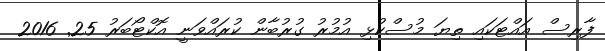
ފާރިސް އައްޓަކައި ތިޔަ މުސްކުޅި އުމުރު ގުރުބާން ކުރައްވަނީ އޮކްޓޯބަރު 25